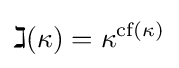
\gimel (\kappa )=\kappa ^{{\text{cf}}(\kappa )}